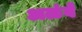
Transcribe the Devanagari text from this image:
अळंबे